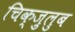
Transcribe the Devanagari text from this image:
चिक्ज़ुलुब